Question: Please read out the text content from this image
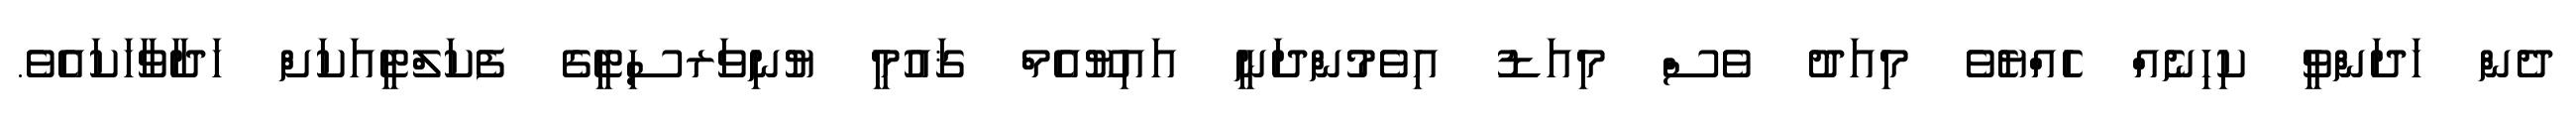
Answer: ދެން ހަދަންވީ ކިހިނެއް ހެއްޔެވެ މިއަދު ވެސް މިއަޑު އިވެމުންދަނީ އައިޔޫއެމް ޤައުމީ ޔުނިވަރސިޓީގެ ފެކަލްޓީއަކަށް ހަދާވާހަކައެވެ.